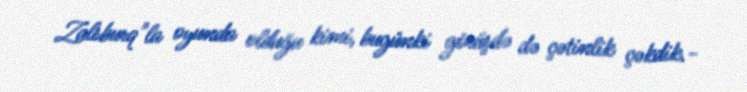
Zalsburq"la oyunda olduğu kimi, bugünki görüşdə də çətinlik çəkdik.-